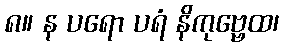
၈။ န ပရော ပရံ နိကုဗ္ဗေထ၊